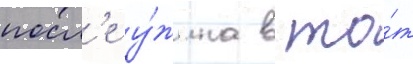
посл'е у́жина в то́т